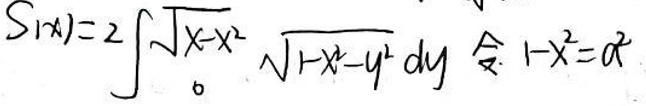
$\sin(x)=2\int_{0}^{\sqrt{x - x^{2}}}\sqrt{1 - x^{2}-y^{2}}dy \quad \text{令} \quad 1 - x^{2}=a^{2}$